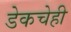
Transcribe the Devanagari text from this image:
डेकचेही